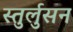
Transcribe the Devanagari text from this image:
स्तुर्लुसन